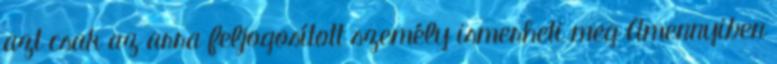
azt csak az arra feljogosított személy ismerheti meg Amennyiben